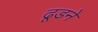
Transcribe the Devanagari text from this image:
ढूडने